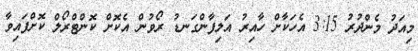
މިއަދު މެންދުރު 3:15 އެހަކާށް ހާއިރު އަލިފާންގަނޑު ރޯވުން އެކޮށް ކޮންޓްރޯލް ކޮށްފައިވާ